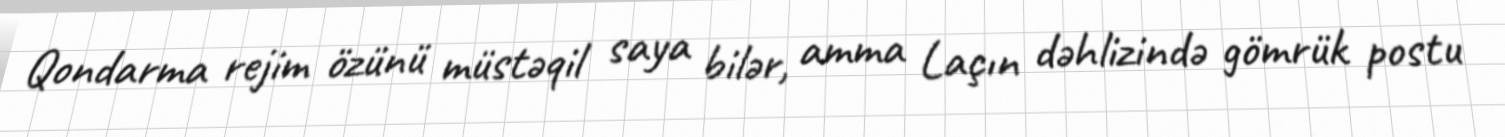
Qondarma rejim özünü müstəqil saya bilər, amma Laçın dəhlizində gömrük postu